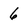
Character: 6